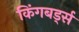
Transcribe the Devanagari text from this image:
किंगबर्ड्स